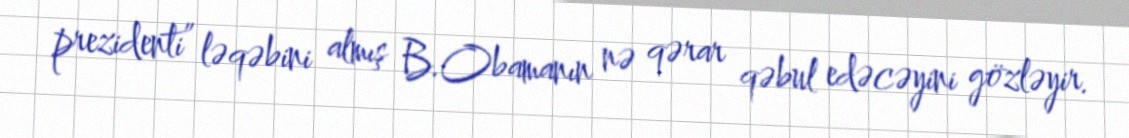
prezidenti” ləqəbini almış B.Obamanın nə qərar qəbul edəcəyini gözləyir.